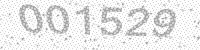
Solution: 001529